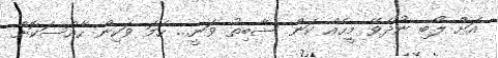
އަށް ލޯބި ނުދެވޭ މީހެއް ކަން ސާބިތު ވަނީ... ހަމަ ވަކިން ހާއްސަކޮށް